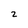
Character: 2